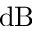
\mathrm { d B }